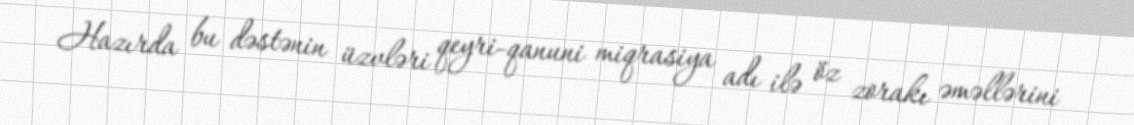
Hazırda bu dəstənin üzvləri qeyri-qanuni miqrasiya adı ilə öz zorakı əməllərini